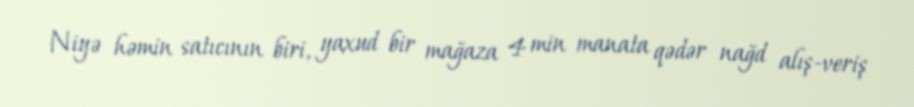
Niyə həmin satıcının biri, yaxud bir mağaza 4 min manata qədər nağd alış-veriş